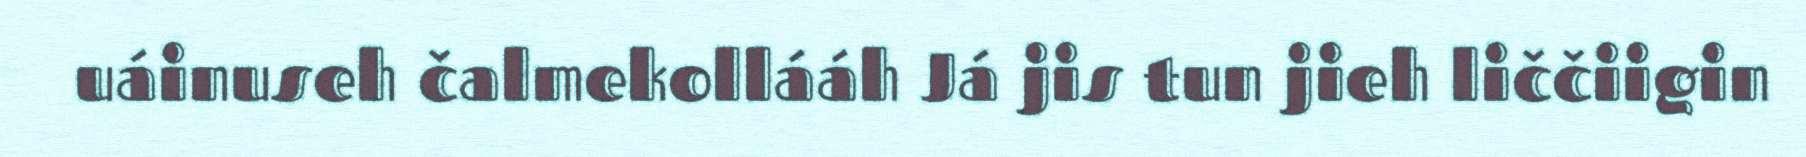
uáinuseh čalmekollááh Já jis tun jieh liččiigin